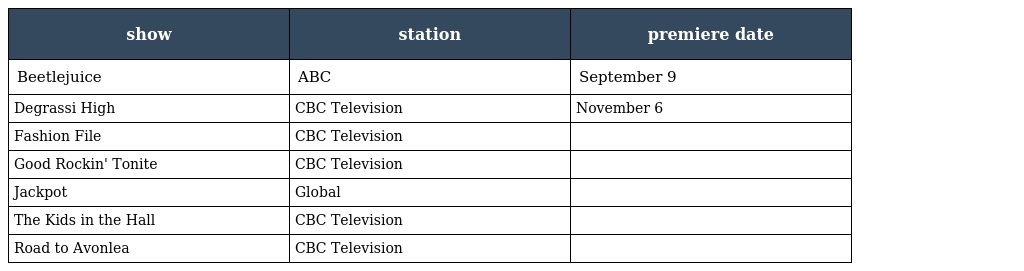
| show | station | premiere date |
 | --- | --- | --- |
 | Beetlejuice | ABC | September 9 |
 | Degrassi High | CBC Television | November 6 |
 | Fashion File | CBC Television |  |
 | Good Rockin' Tonite | CBC Television |  |
 | Jackpot | Global |  |
 | The Kids in the Hall | CBC Television |  |
 | Road to Avonlea | CBC Television |  |